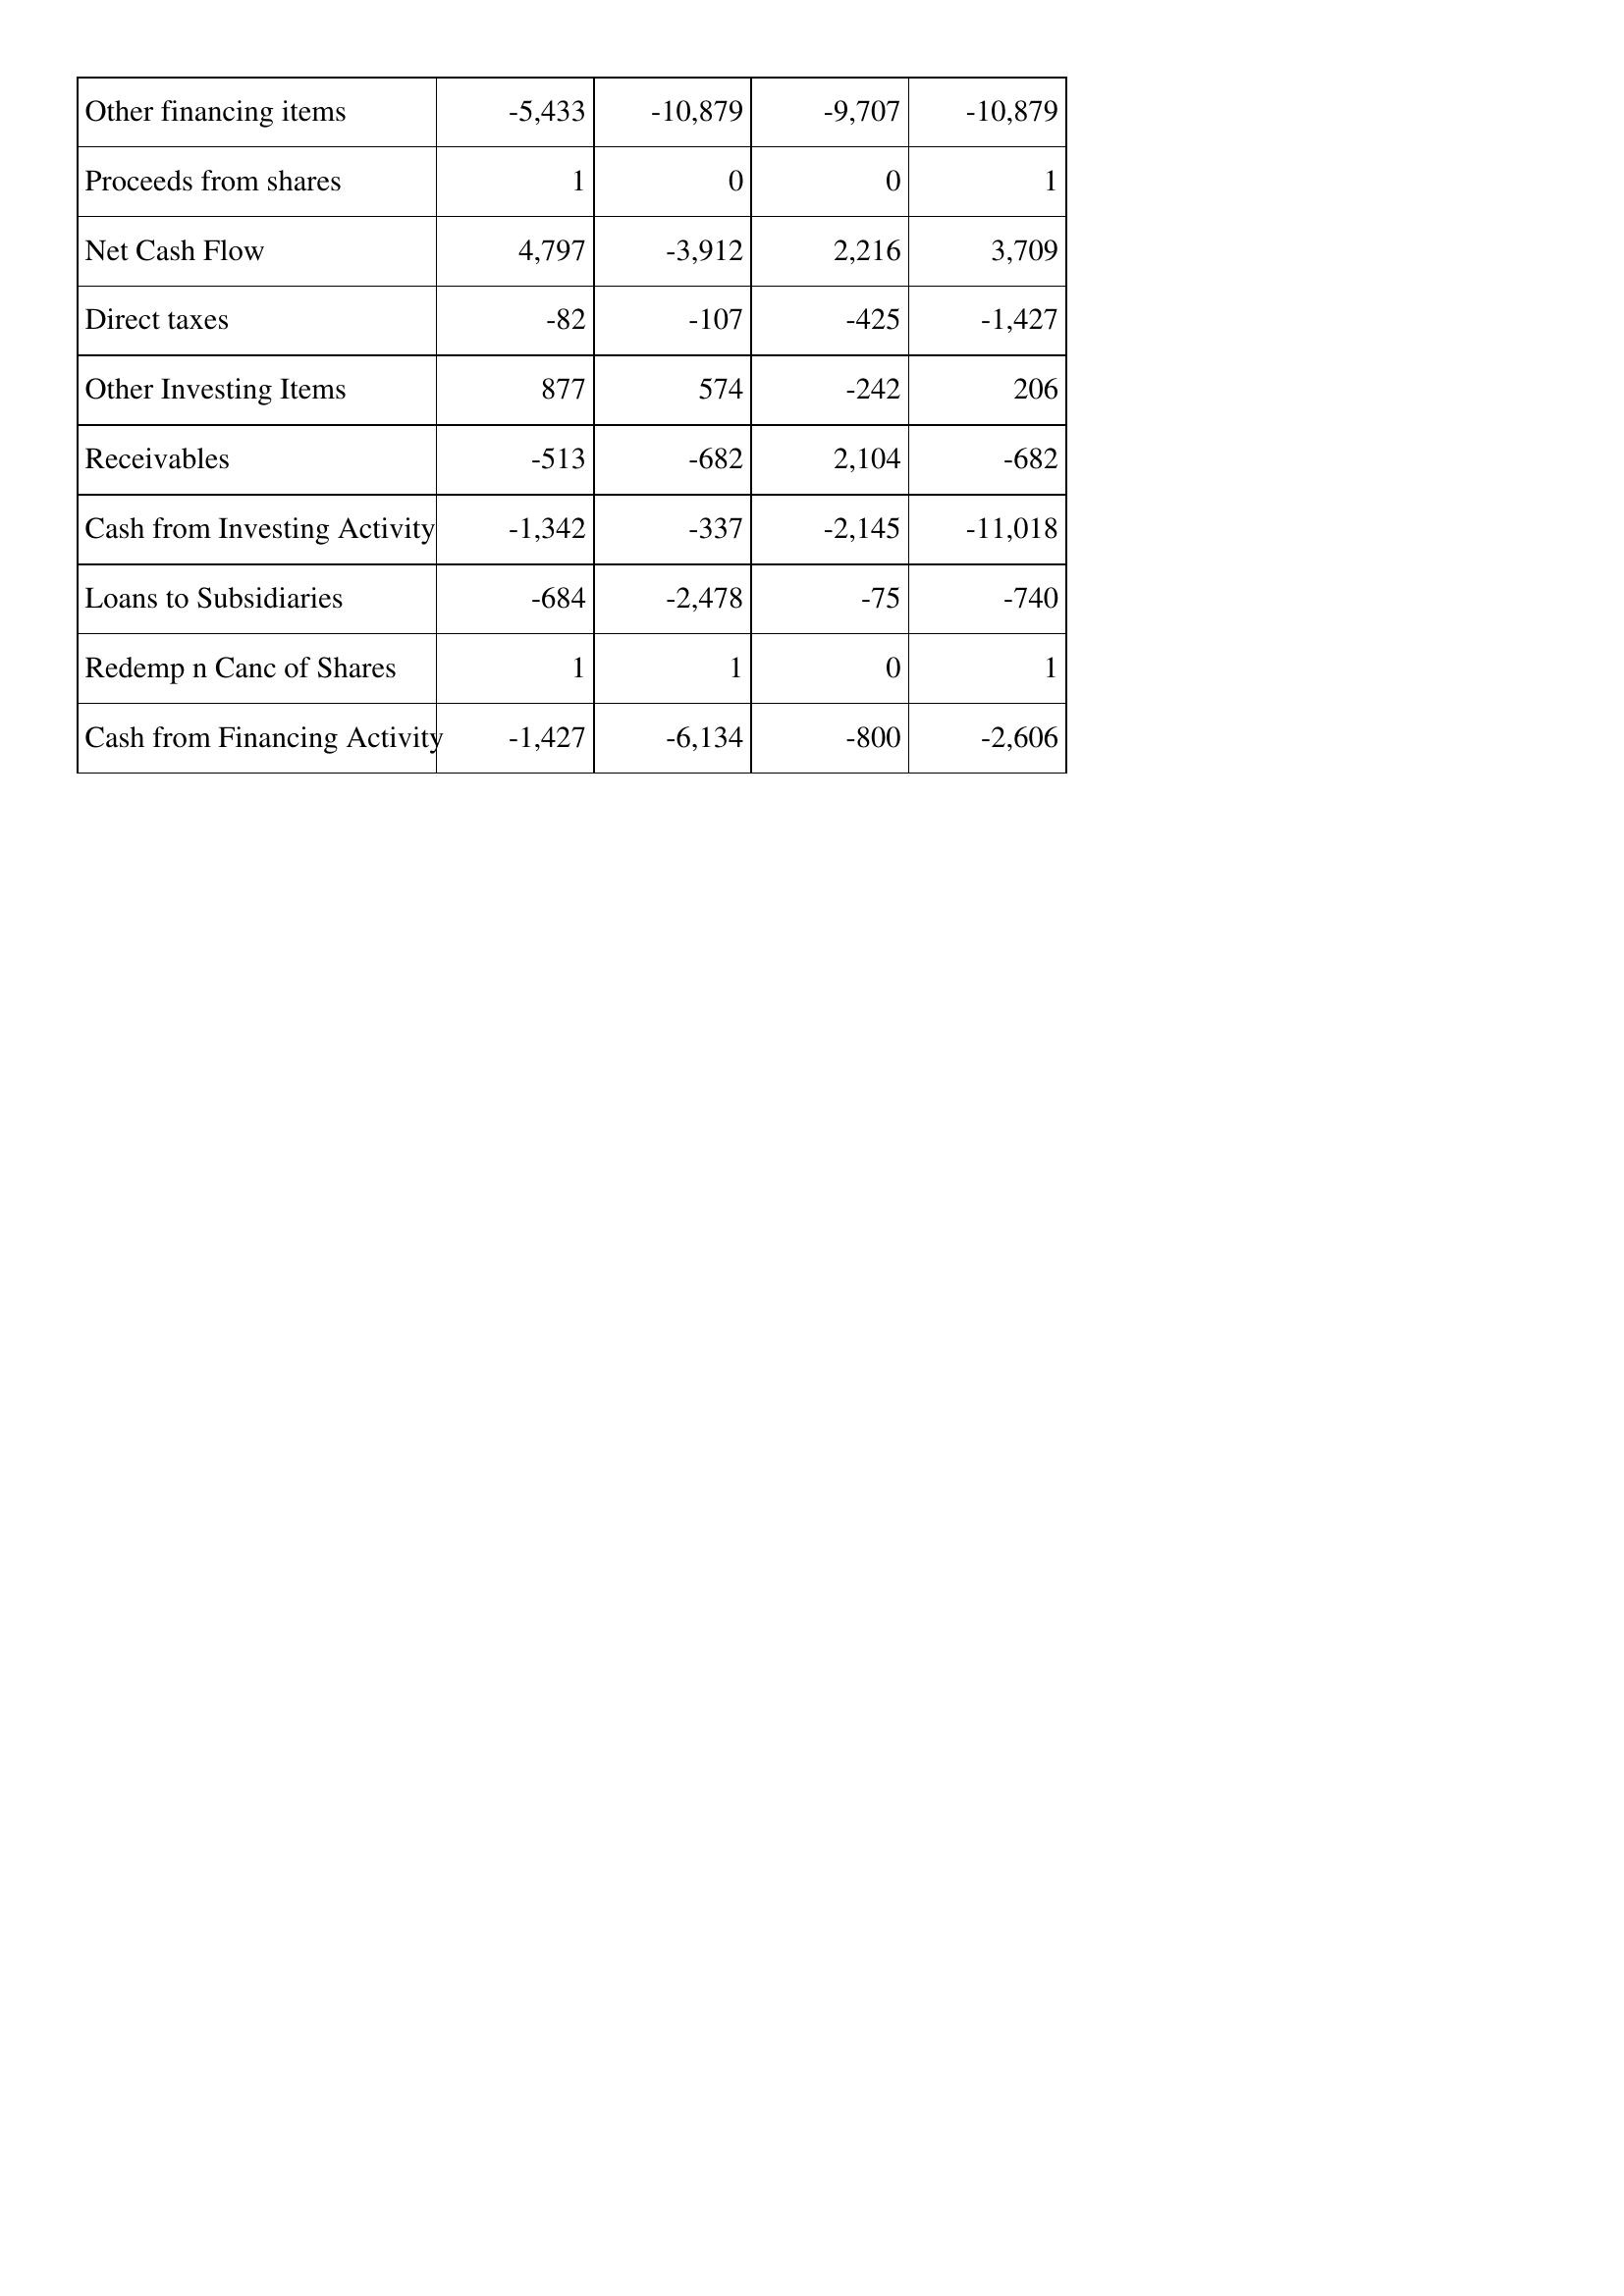
Mar-95: Cash Flows: Other financing items: -5,433
Proceeds from shares: 1
Net Cash Flow: 4,797
Direct taxes: -82
Other Investing Items: 877
Receivables: -513
Cash from Investing Activity: -1,342
Loans to Subsidiaries: -684
Redemp n Canc of Shares: 1
Cash from Financing Activity: -1,427
Mar-94: Cash Flows: Other financing items: -10,879
Proceeds from shares: 0
Net Cash Flow: -3,912
Direct taxes: -107
Other Investing Items: 574
Receivables: -682
Cash from Investing Activity: -337
Loans to Subsidiaries: -2,478
Redemp n Canc of Shares: 1
Cash from Financing Activity: -6,134
Mar-93: Cash Flows: Other financing items: -9,707
Proceeds from shares: 0
Net Cash Flow: 2,216
Direct taxes: -425
Other Investing Items: -242
Receivables: 2,104
Cash from Investing Activity: -2,145
Loans to Subsidiaries: -75
Redemp n Canc of Shares: 0
Cash from Financing Activity: -800
Mar-92: Cash Flows: Other financing items: -10,879
Proceeds from shares: 1
Net Cash Flow: 3,709
Direct taxes: -1,427
Other Investing Items: 206
Receivables: -682
Cash from Investing Activity: -11,018
Loans to Subsidiaries: -740
Redemp n Canc of Shares: 1
Cash from Financing Activity: -2,606